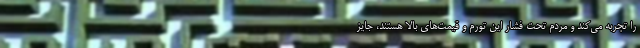
را تجربه می‌کند و مردم تحت فشار این تورم و قیمت‌های بالا هستند، جایز